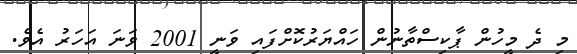
މި ދެ މީހުން ޕާކިސްތާނުން ހައްޔަރުކޮށްފައި ވަނީ 2001 ވަނަ އަހަރު އެވެ.